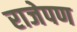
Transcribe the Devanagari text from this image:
राजेपण